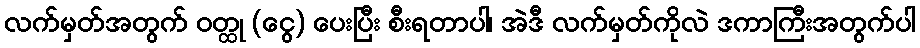
လက်မှတ်အတွက် ဝတ္ထု (ငွေ) ပေးပြီး စီးရတာပါ၊ အဲဒီ လက်မှတ်ကိုလဲ ဒကာကြီးအတွက်ပါ